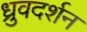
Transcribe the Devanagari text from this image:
ध्रुवदर्शन